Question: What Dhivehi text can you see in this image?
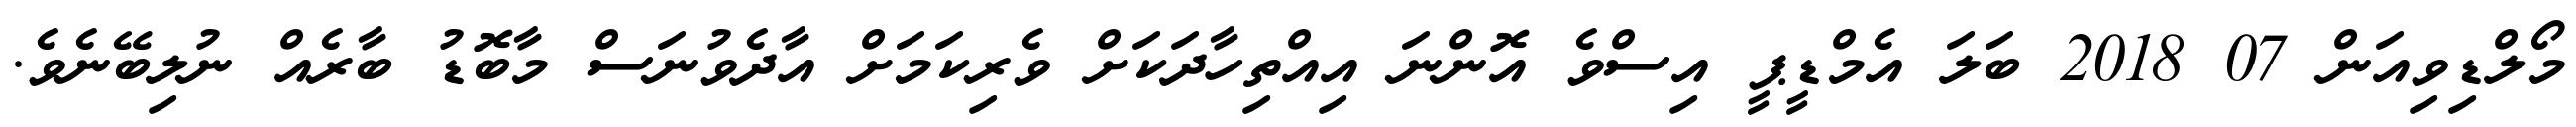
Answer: މޯލްޑިވިއަން 07 2018 ބަލަ އެމްޑީޕީ އިސްވެ އޮންނަ އިއްތިހާދަކަށް ވެރިކަމަށް އާދެވުނަސް މާބޮޑު ބާރެއް ނުލިބޭނެވެ.